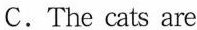
C.The cats are